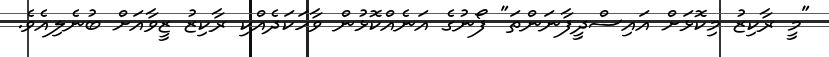
"މީ ރާކިޒު މިކޮޅަށް އައިސްދީފާނަންތަ" ފޯނުގެ އަނެއްކޮޅުން ވާހަކަދެއްކި ރާކިޒު ޒީވާއަށް ބުނެލިއެވެ.